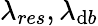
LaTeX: \lambda_{res},\lambda_{\mathrm{d}b}